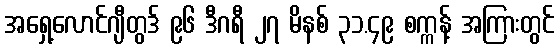
အရှေ့လောင်ဂျီတွဒ် ၉၆ ဒီဂရီ ၂၇ မိနစ် ၃၁.၄၉ စက္ကန့် အကြားတွင်